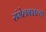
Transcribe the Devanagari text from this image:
संमेलनातल्या